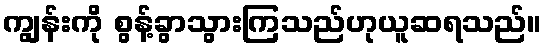
ကျွန်းကို စွန့်ခွာသွားကြသည်ဟုယူဆရသည်။